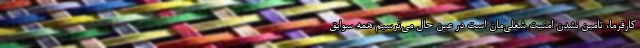
کارفرما، تامین نشدن امنیت شغلی‌مان است در عین حال می‌ترسیم همه سوابق